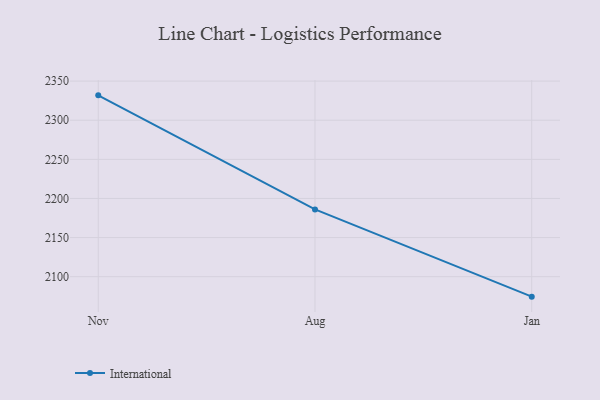
{"axis": {"x": "Month", "y": "Tickets Resolved"}, "legend": ["International"], "data": [{"x": "Nov", "y": 2331.8, "type": "International"}, {"x": "Aug", "y": 2186.0, "type": "International"}, {"x": "Jan", "y": 2074.5, "type": "International"}]}